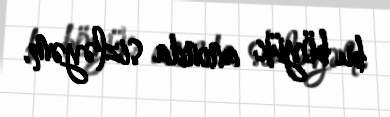
bu böyük anında sizləyəm.